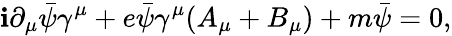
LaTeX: \mathbf{i}\partial_{\mu}{\bar{{\psi}}}\gamma^{\mu}+e{\bar{{\psi}}}\gamma^{\mu}(A_{\mu}+B_{\mu})+m{\bar{{\psi}}}=0,